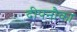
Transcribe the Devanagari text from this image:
दीपनौका